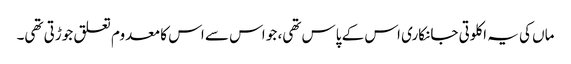
ماں کی یہ اکلوتی جانکاری اس کے پاس تھی، جو اس سے اس کا معدوم تعلق جوڑتی تھی۔